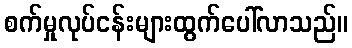
စက်မှုလုပ်ငန်းများထွက်ပေါ်လာသည်။